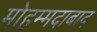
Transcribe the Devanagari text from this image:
मोहम्‍मदाबाद